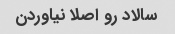
سالاد رو اصلا نیاوردن